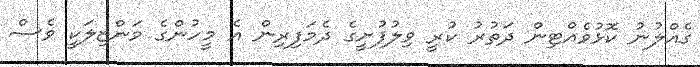
ގެއްލުނު ކޮޅުވެއްޓިން ދަތުރު ކުރީ ވިލުފުށީގެ ދެމަފިރިން އެ މީހުންގެ މަންޒިލަކީ ވެސް